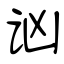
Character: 讻